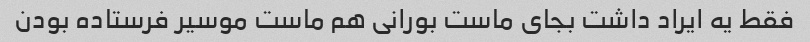
فقط یه ایراد داشت بجای ماست بورانی هم ماست موسیر فرستاده بودن